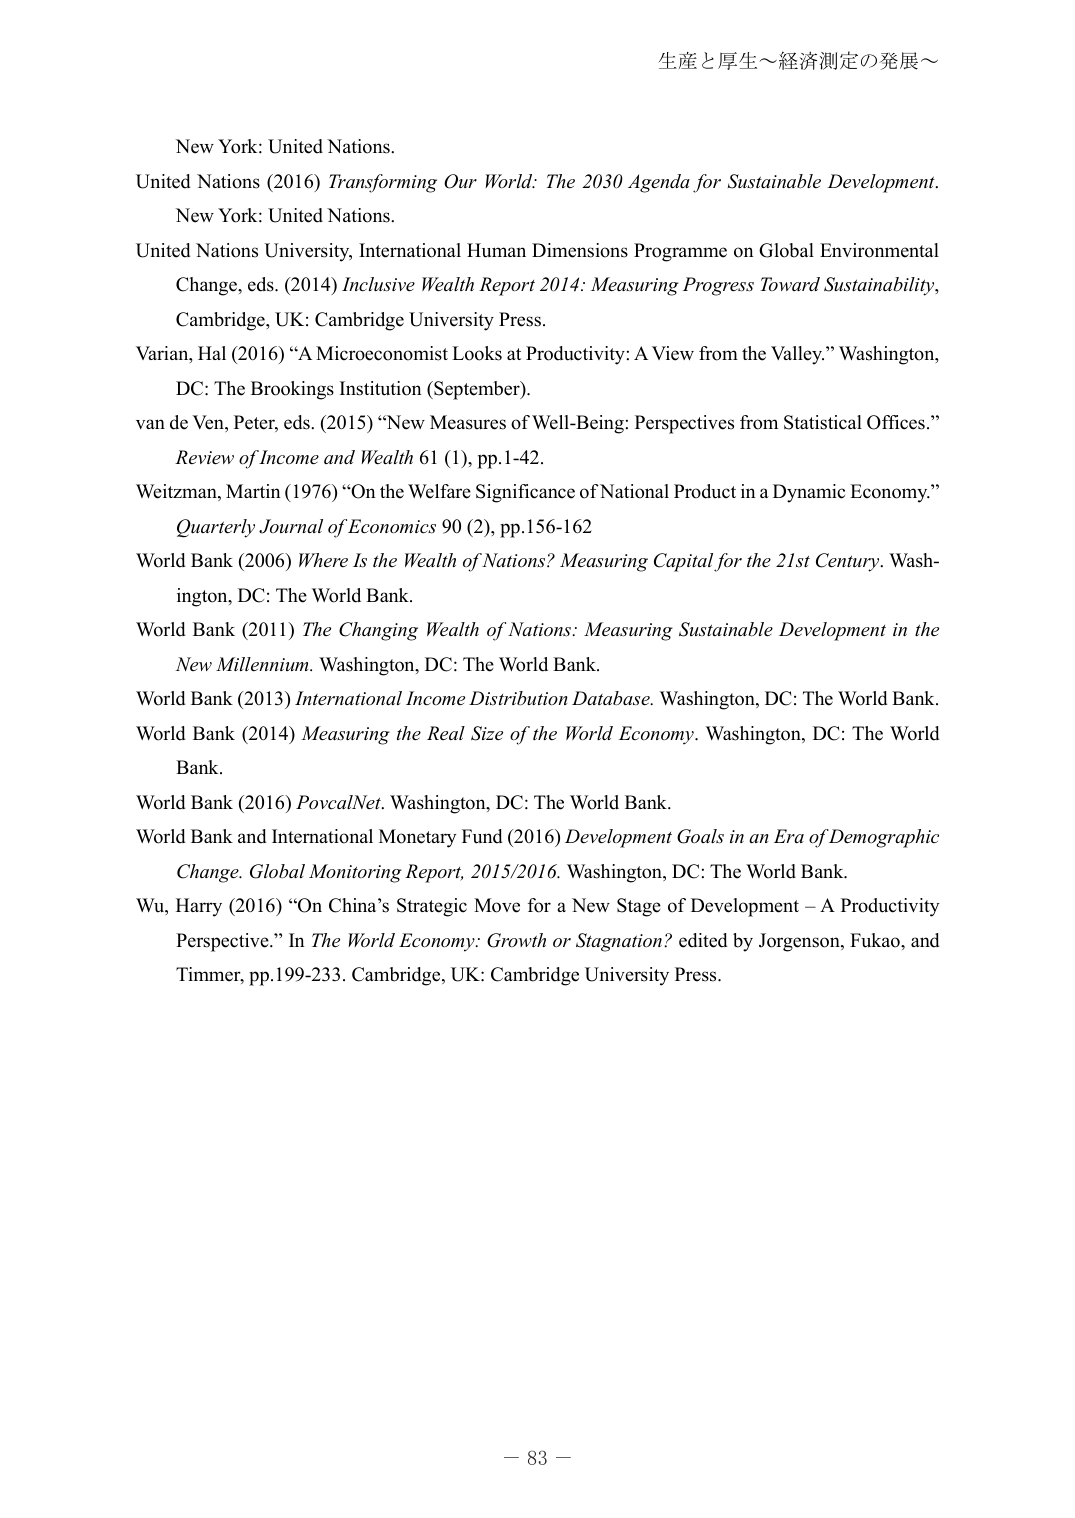
生産と厚生～経済測定の発展～

New York: United Nations.
United Nations (2016) Transforming Our World: The 2030 Agenda for Sustainable Development. New York: United Nations.
United Nations University, International Human Dimensions Programme on Global Environmental Change, eds. (2014) Inclusive Wealth Report 2014: Measuring Progress Toward Sustainability, Cambridge, UK: Cambridge University Press.
Varian, Hal (2016) “A Microeconomist Looks at Productivity: A View from the Valley.” Washington, DC: The Brookings Institution (September).
van de Ven, Peter, eds. (2015) “New Measures of Well-Being: Perspectives from Statistical Offices.” Review of Income and Wealth 61 (1), pp.1-42.
Weitzman, Martin (1976) “On the Welfare Significance of National Product in a Dynamic Economy.” Quarterly Journal of Economics 90 (2), pp.156-162
World Bank (2006) Where Is the Wealth of Nations? Measuring Capital for the 21st Century. Washington, DC: The World Bank.
World Bank (2011) The Changing Wealth of Nations: Measuring Sustainable Development in the New Millennium. Washington, DC: The World Bank.
World Bank (2013) International Income Distribution Database. Washington, DC: The World Bank.
World Bank (2014) Measuring the Real Size of the World Economy. Washington, DC: The World Bank.
World Bank (2016) PovcalNet. Washington, DC: The World Bank.
World Bank and International Monetary Fund (2016) Development Goals in an Era of Demographic Change. Global Monitoring Report, 2015/2016. Washington, DC: The World Bank.
Wu, Harry (2016) “On China’s Strategic Move for a New Stage of Development – A Productivity Perspective.” In The World Economy: Growth or Stagnation? edited by Jorgenson, Fukao, and Timmer, pp.199-233. Cambridge, UK: Cambridge University Press.

－ 83 －